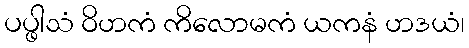
ပပ္ဖါသံ ဝိဟကံ ကိလောမကံ ယကနံ ဟဒယံ၊